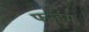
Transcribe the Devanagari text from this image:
फर्न्हम